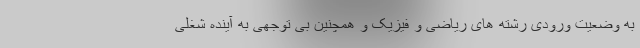
به وضعیت ورودی رشته های ریاضی و فیزیک و همچنین بی توجهی به آینده شغلی